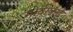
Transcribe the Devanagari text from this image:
गोदीकडे